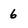
Character: 6